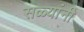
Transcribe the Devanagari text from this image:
सळ्यांनी